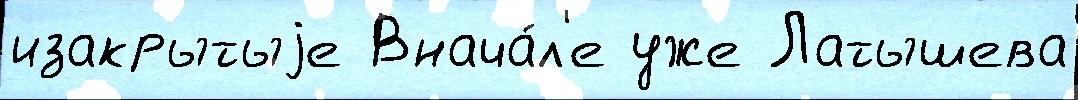
изакрытыjе Внача́л'е уже Латышева